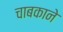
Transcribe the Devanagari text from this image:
चाबकाने